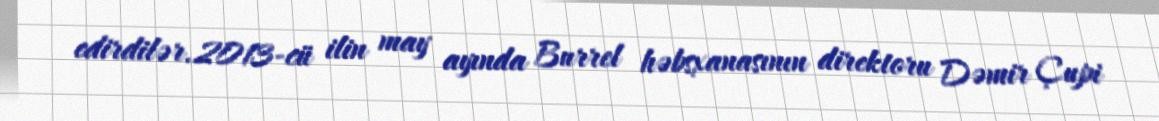
edirdilər.2013-cü ilin may ayında Burrel həbsxanasının direktoru Dəmir Çupi